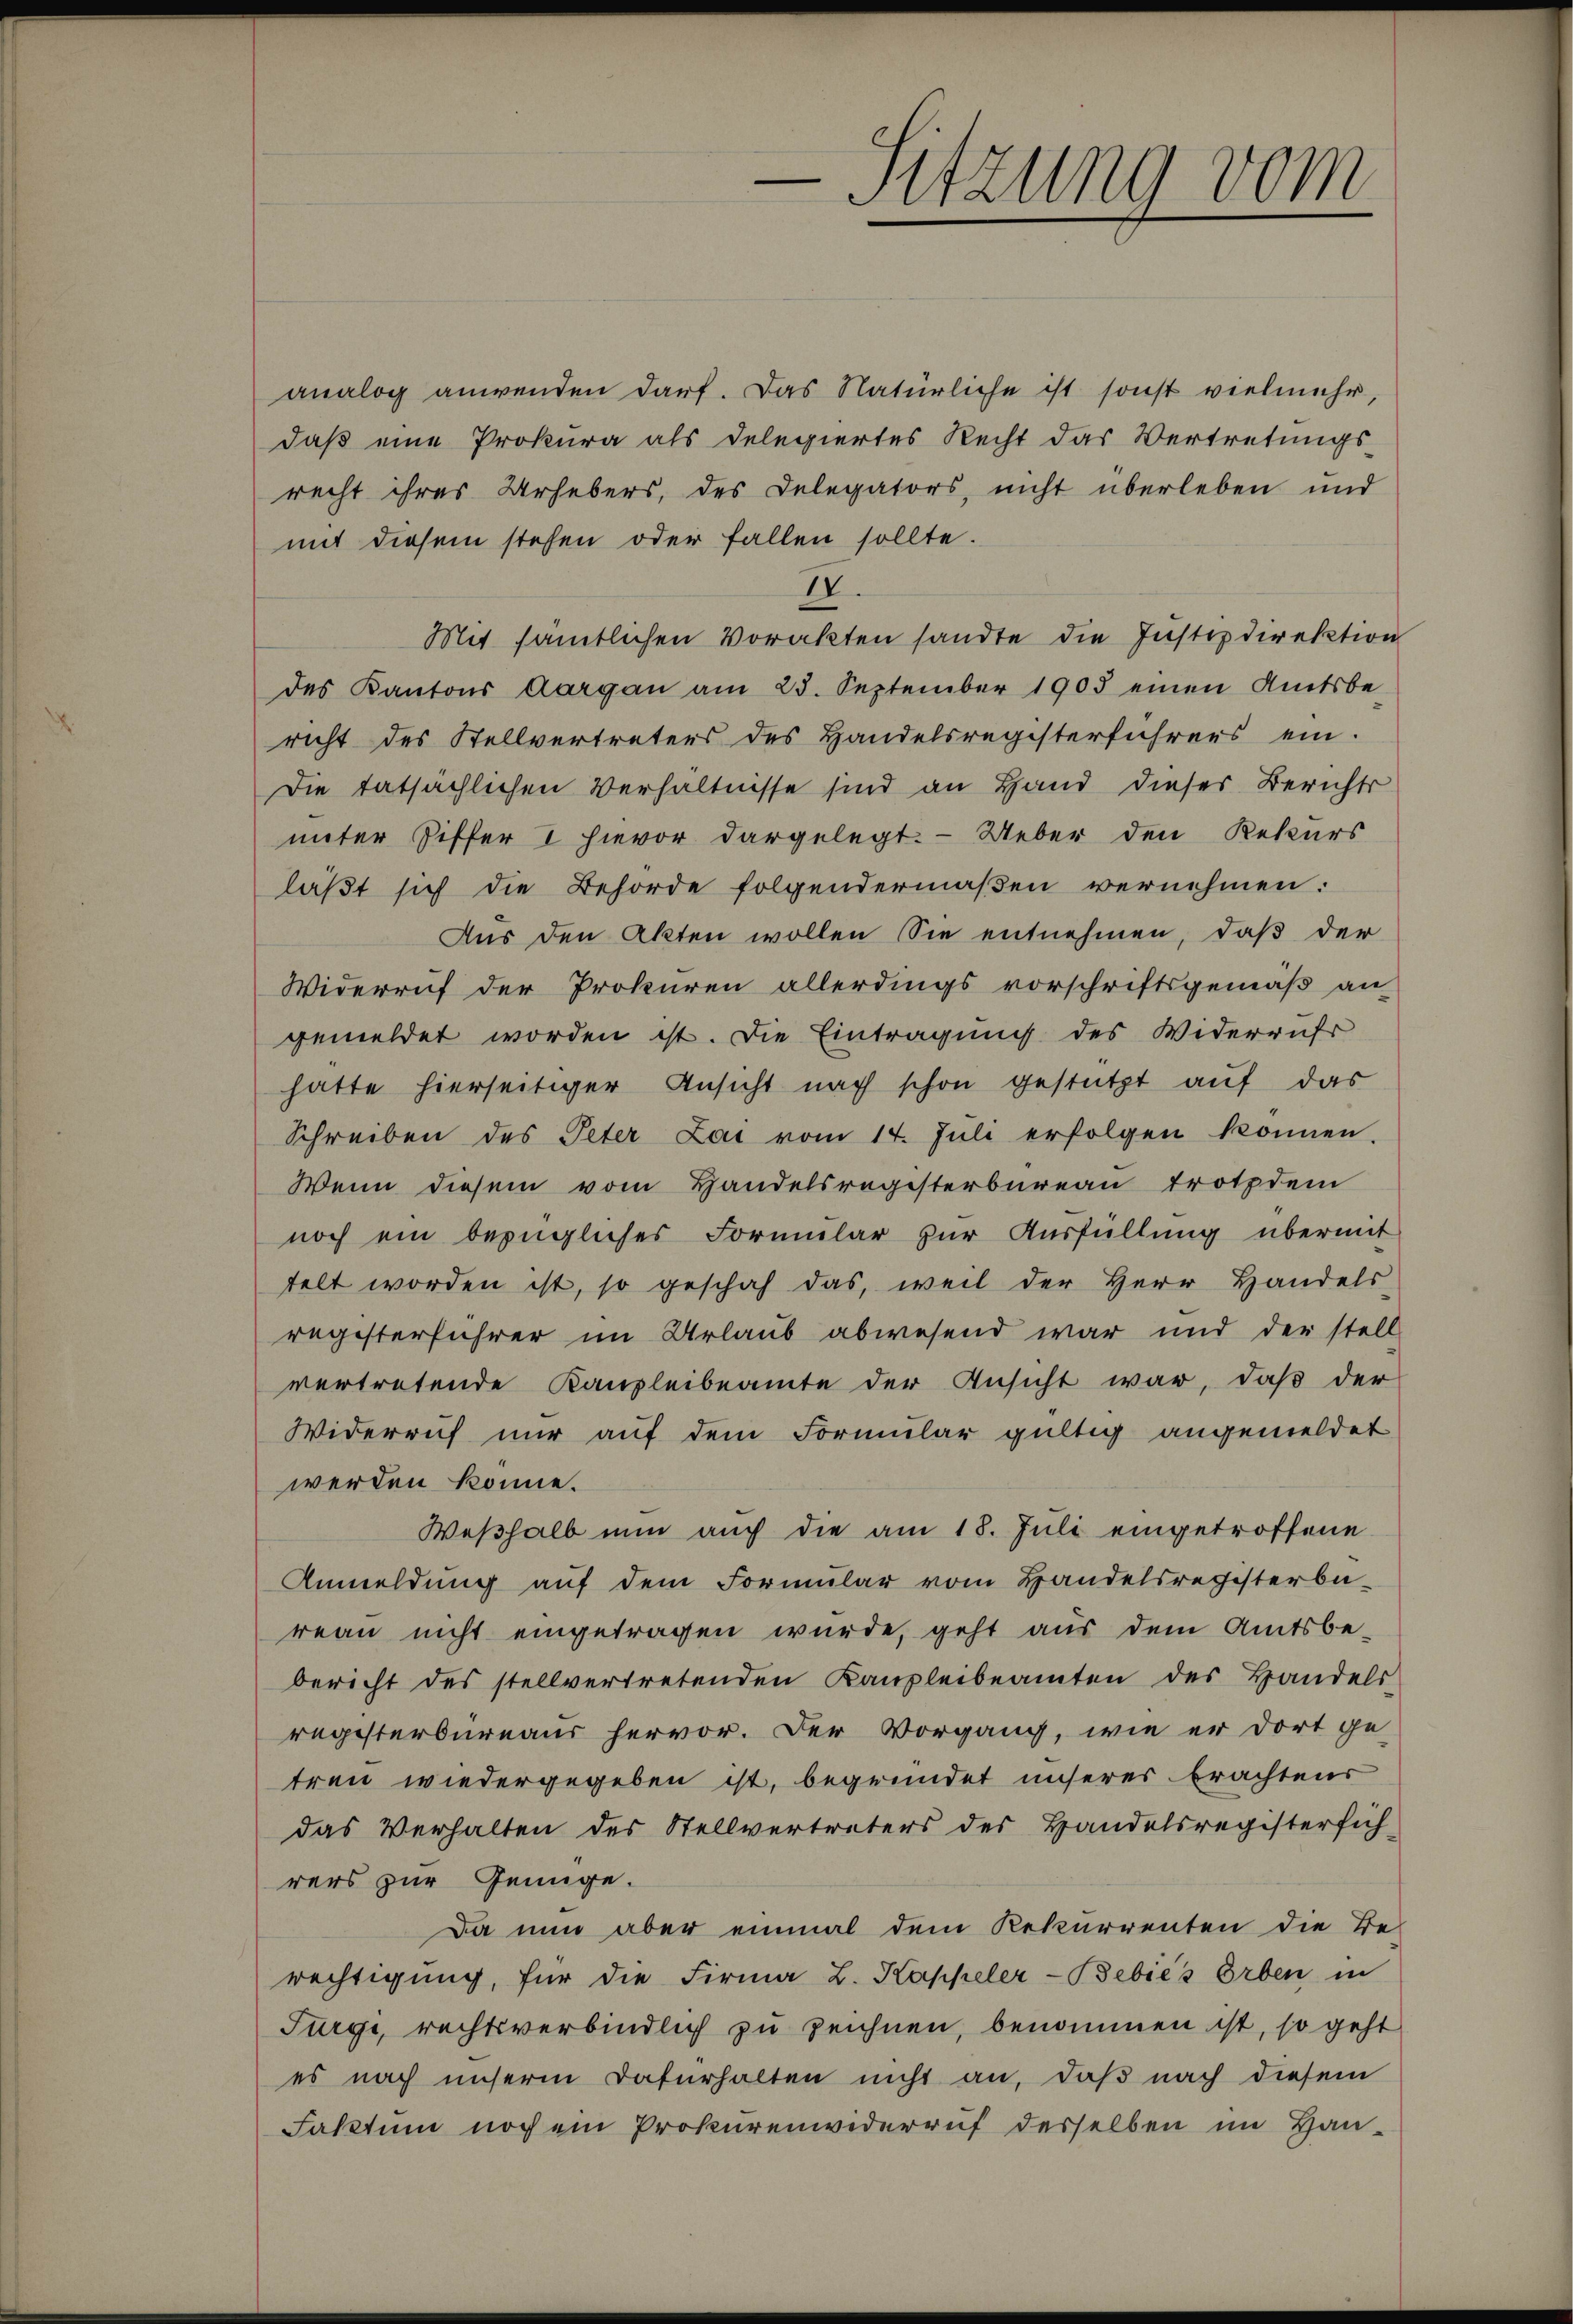
mit diesem stehen oder fallen sollte.

e
Sitzung vom

analog anwenden darf. Das Natürliche ist sonst vielmehr,
daß eine Prokura als Delegiertes Recht das Vertretungs-
recht ihres Urhebers, des Delegators, nicht überleben und
IV.
Mit sämtlichen Vorakten sandte die Instizdirektion
des Kantons Aargau am 25. September 1905 einen Amtsbe
richt des Stellvertreters des Handelsregisterführers ein.
Die tatsächlichen Verhältnisse sind an Hand dieses Berichts
unter Ziffer I hievor dargelegt. - Ueber den Rekurs
läßt sich die Behörde folgendermaßen vernehmen:
Aus den Akten wollen Sie entnehmen, daß der
Widerruf der Prokuren allerdings vorschriftsgemäβ an
gemeldet worden ist. Die Eintragung des Widerrufs
hatte hierseitiger Ansicht nach schon gestützt auf das
Schreiben des Peter Lai vom 14. Jŭli erfolgen können.
Wenn diesem vom Handelsregisterbureau trotzdem
noch ein bezügliches Formular zur Ausfüllung übermit
telt worden ist, so geschah das, weil der Herr Handels-
registerführer im Urlaub abwesend war und der stell
vertretende Kanzleibeamte der Ansicht war, daß der
Widerruf nur auf dem Formular gültig angemeldet
werden könne.
Weshalb nun auch die am 18. Jŭli eingetroffene
Anmeldŭng aŭf dem Formŭlar vom Handelsregisterbe-
reau nicht eingetragen wurde, geht aus dem Amtsbe-
bericht des stellvertretenden Kanzleibeamten des Handels-
registerbureaus hervor. Der Vorgang, wie er dort ge-
treu wiedergegeben ist, begründet unseres Erachtens
das Verhalten des Stellvertreters des Handelsregisterfich-
rers zur Genüge.
Da nun aber einmal dem Rekurrenten die Be-
rechtigung, für die Firma L. Kappeler-Bebiés Erben in
Furgi, rechtsverbindlich zu zeichnen, benommen ist, so geht
es nach unserm Dafürhalten nicht an, daß nach diesem
Faktum noch ein Prokurenwiderruf desselben im Han-